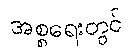
အစ္စရေးတွင်